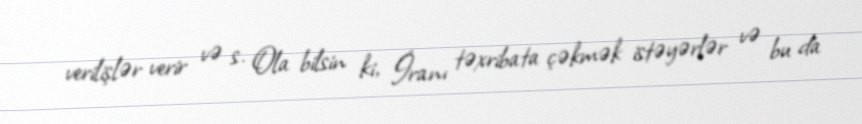
verilişlər verir və s. Ola bilsin ki, İranı təxribata çəkmək istəyərlər və bu da